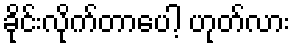
ခိုင်းလိုက်တာပေါ့ ဟုတ်လား